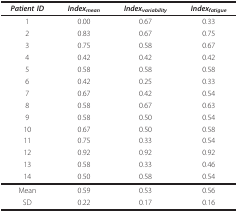
| Patient ID | Indexmean | Indexvariability | Indexfatigue |
 | --- | --- | --- | --- |
 | 1 | 0.00 | 0.67 | 0.33 |
 | 2 | 0.83 | 0.67 | 0.75 |
 | 3 | 0.75 | 0.58 | 0.67 |
 | 4 | 0.42 | 0.42 | 0.42 |
 | 5 | 0.58 | 0.58 | 0.58 |
 | 6 | 0.42 | 0.25 | 0.33 |
 | 7 | 0.67 | 0.42 | 0.54 |
 | 8 | 0.58 | 0.67 | 0.63 |
 | 9 | 0.58 | 0.50 | 0.54 |
 | 10 | 0.67 | 0.50 | 0.58 |
 | 11 | 0.75 | 0.33 | 0.54 |
 | 12 | 0.92 | 0.92 | 0.92 |
 | 13 | 0.58 | 0.33 | 0.46 |
 | 14 | 0.50 | 0.58 | 0.54 |
 | Mean | 0.59 | 0.53 | 0.56 |
 | SD | 0.22 | 0.17 | 0.16 |